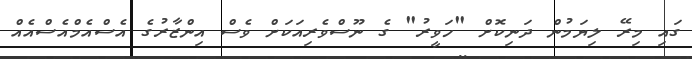
ގައި މިރޭ ލިޔަމުން ދަނިކޮށް "ހަވީރު" ގެ ނޫސްވެރިއަކަށް ވެސް އިންޒާރުގެ އެސްއެމްއެސްއެއް